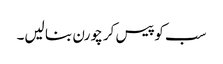
سب کو پیس کر چورن بنا لیں۔